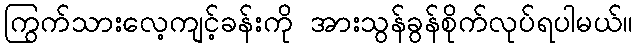
ကြွက်သားလေ့ကျင့်ခန်းကို အားသွန်ခွန်စိုက်လုပ်ရပါမယ်။